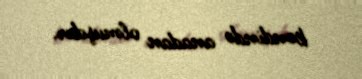
kəndində anadan olmuşdur.